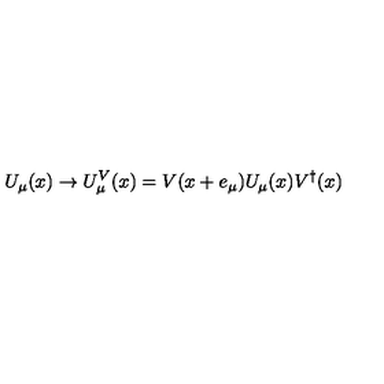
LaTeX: U _ { \mu } ( x ) \rightarrow U _ { \mu } ^ { V } ( x ) = V ( x + e _ { \mu } ) U _ { \mu } ( x ) V ^ { \dagger } ( x )